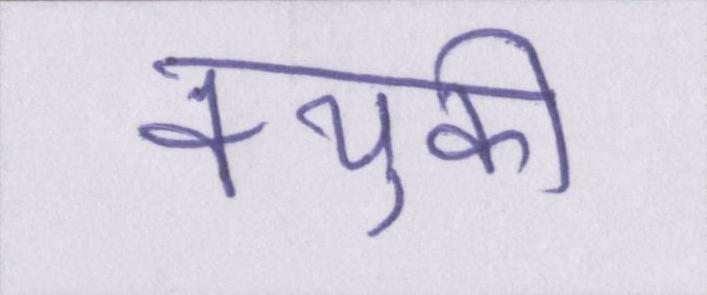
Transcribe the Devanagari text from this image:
क्युकी